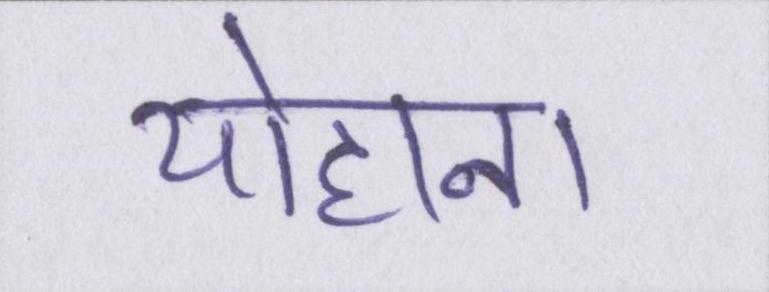
योहाना